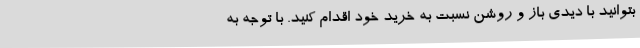
بتوانید با دیدی باز و روشن نسبت به خرید خود اقدام کنید. با توجه به